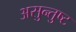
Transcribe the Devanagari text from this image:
असुन्तुष्ट